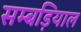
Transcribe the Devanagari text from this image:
सम्बड़ियाल